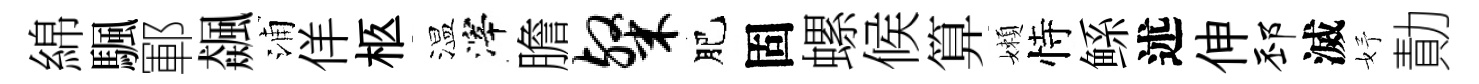
綿颿鄆飆浦佯柩温滓膽粲肥固螺候算嬾恃鲧述伸邳滅妤勣